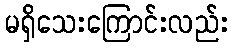
မရှိသေးကြောင်းလည်း